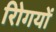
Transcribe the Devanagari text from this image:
रोिगयों